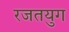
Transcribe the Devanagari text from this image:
रजतयुग